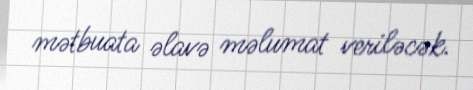
mətbuata əlavə məlumat veriləcək.